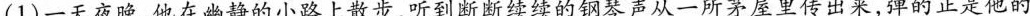
(1)一天夜晚，他在幽静的小路上散步，听到断断续续的钢琴声从一所茅屋里传出来，弹的正是他的